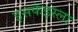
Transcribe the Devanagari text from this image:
इसकेइस्ला